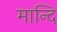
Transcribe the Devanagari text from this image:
मान्दि